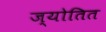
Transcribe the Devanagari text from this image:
ज्योतित